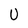
Character: U